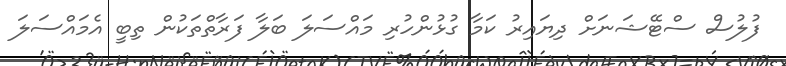
ފުލުސް ސްޓޭޝަނަށް ދިޔައިރު ކަމާ ގުޅުންހުރި މައްސަލަ ބަލާ ފަރާތްތަކުން ތިބީ އެމައްސަލަ